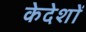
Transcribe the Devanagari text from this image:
केदेशों